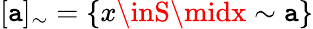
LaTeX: [\mathtt{a}]_{\sim}=\{ x\inS\midx\sim\mathtt{a}\}